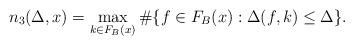
LaTeX: \begin{align*} n_3(\Delta,x)=\max_{k\in F_B(x)}\#\{f\in F_B(x):\Delta(f,k)\le \Delta\}.\end{align*}